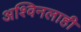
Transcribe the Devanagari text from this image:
अश्विनलाही